Vaccination in Bombay 1869-1873 - 1869-1873
Year: 1869
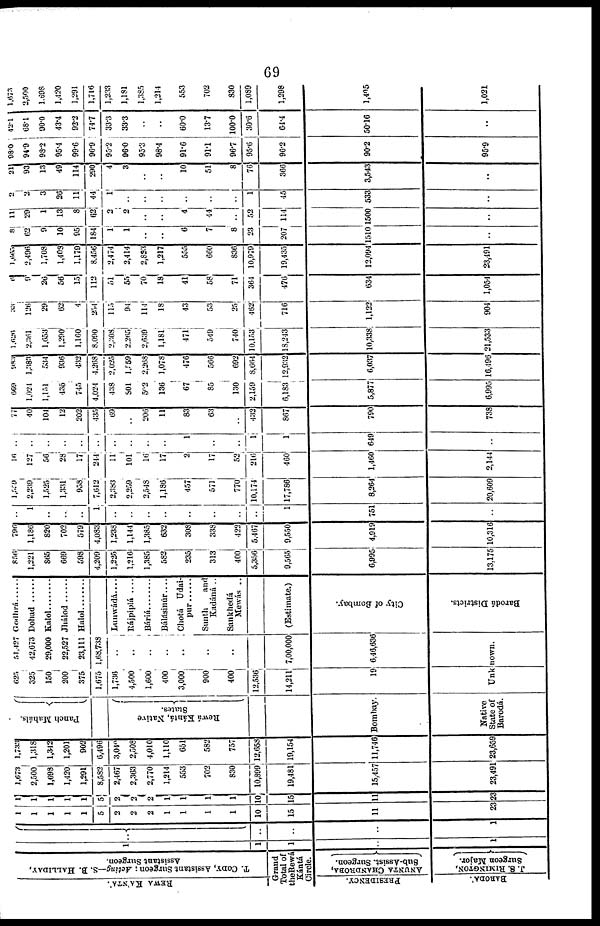
69
REWA KA'NTA'.
T. CODY, Assistant Surgeon; Acting—S. B. HALLIDAY,
Assistant Surgeon.
Grand
Total of
the Rewá
Kántá
Circle.
PRESIDENCY.
BARODA'.
ANUNTA CHANDROBA,
Sub-Assist. Surgeon.
J . S. RIMINGTON,
Surgeon Major.
1
1
1
..
1
..
..
..
1
1
1
1
1
1
5
2
2
2
1
1
1
1
10
15
11
23
1
1
1
1
1
5
2
2
2
1
1
1
1
10
15
11
23
1,673
2,500
1,698
1,420
1,291
8,582
2,467
2,363
2,770
1,214
553
702
830
10,899
19,481
15,457
23,491
1,733
1,318
1,342
1,201
902
6,496
3,040
2,508
4,010
1,110
651
582
757
12,658
19,154
11,746
23,659
Punch Mahals.
Rewá Kántá, Native
States.
Bombay.
Native
State of
Barodá.
625
325
150
200
375
1,675
1,736
4,500
1,600
400
3,000.
900
400
12,536
14,211
19
51,427
42,673
29,000
22,527
23,111
1,68,738
..
..
..
..
..
..
..
7,00,000
6,46,636
Unknown.
Godhrá ......
Dohad
Kalol
Halol
Lunwádá....
Rájpiplá
....
Báriá
Bálásinúr ....
Chotá Udai¬
pur ......
Sunth
and
Kadáná ..
Sankhedá
Mewás . .
(Estimate.)
City of Bombay.
Barodá Districts.
856
1,221
865
669
598
4,209
1,225
1,216
1,385
582,
235
313
400
5,356
9,565
6,995
13,175
796
1,186
820
702
579
4,083
1,238
1,144
1,385
632
308
338
422
5,167
9,550
4,919
10,316
..
..
..
..
..
1
..
..
..
..
..
..
..
..
1
751
..
1,559
2,239
1,525
1,331
958
7,612
2,383
2,259
2,548
1,186
457
571
770
10,174
17,786
8,264
20,609
16
127
56
28
17
214
11
101
16
17
2
17
52
216
460
1,460
2,144
..
..
..
..
..
..
..
..
..
..
1
..
..
1
1
649
..
77
40
104
15
202
435
69
..
206
11
83
63
..
432
867
790
738
669
1,024
1,151
435
745
4,024
438
801
502
136
67
85
130
2,159
6,183
5,877
6,995
983
1,383
534
936
432
4,268
2,025
1,559
2,268
1,078
476
566
692
8,664
12,932
6,037
16,496
1,626
2,36l
1,653
1,290
1,160
8,090
2,308
2,265
2,639
1,181
471
549
740
10,153
18,213
10,338
21,533
33
126
29
62
4
254
115
94
114
18
43
53
25
462
716
1,122
904
6
9
26
56
15
112
51
55
70
18
41
58
71
364
476
634
1,054
1,665
2,496
1,708
1,408
1,179
8,456
2,474
2,414
2,823
1,217
555
660
836
10,979
19,435
12,094
23,491
8
62
9
10
95
184
1
1
..
..
6
7
8
23
207
1510
..
11
29
1
13
3
62
2
2
..
..
4
44
..
52
114
1500
..
2
2
3
26
11
44
1
..
..
..
..
..
..
1
45
533
..
21
93
13
49
114
290
4
3
..
..
10
51
8
76
366
3,543
..
98.0
94.9
93.2
95.4
99.6
96.9
90.2
96.0
95.3
98.4
91.6
91.1
96.7
95.6
96.2
90.2
95.9
42.1
68.1
90.0
43.4
93.2
74.7
33.3
33.3
..
..
60.0
13.7
100.0
30.6
64.4
50.16
..
1,673
2,500
1,698
1,420
1,291
1,716
1,233
1,181
1,385
1,214
553
702
830
1,089
1,298
1,405
1,021